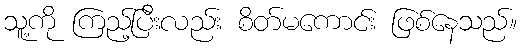
သူ့ကို ကြည့်ပြီးလည်း စိတ်မကောင်း ဖြစ်နေသည်။